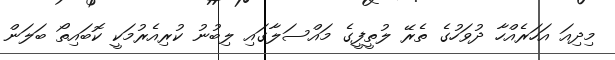
މިދިއަ އަހަރެއްހާ ދުވަހުގެ ތެރޭ ލުތީފީގެ މައްސަލާގައި ލިބުނު ކުރިއެރުމަކީ ކޮބައިތޯ ބަލަން